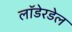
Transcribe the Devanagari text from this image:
लॉडेरडेल